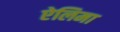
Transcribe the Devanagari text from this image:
ऐलिमा